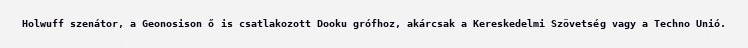
Holwuff szenátor, a Geonosison ő is csatlakozott Dooku grófhoz, akárcsak a Kereskedelmi Szövetség vagy a Techno Unió.